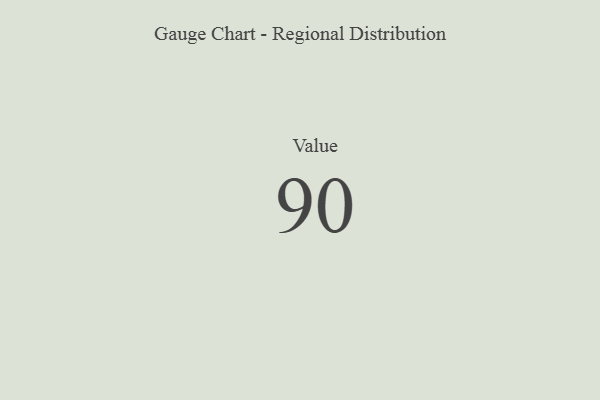
{"axis": {"x": "Metric", "y": "Value"}, "legend": [""], "data": [{"x": "Value", "y": 90, "type": ""}]}